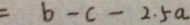
= b - c - 2 . 5 a